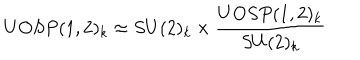
LaTeX: U O S P ( 1 , 2 ) _ { k } \approx S U ( 2 ) _ { k } \times { \frac { U O S P ( 1 , 2 ) _ { k } } { S U ( 2 ) _ { k } } }